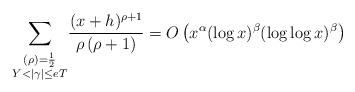
LaTeX: \begin{align*} \underset{_{\substack{ (\rho )=\frac{1}{2} \\ Y<\left\vert \gamma \right\vert \leq eT}}}{\sum }\frac{(x+h)^{\rho +1}}{\rho\left( \rho +1\right) } =O\left( x^{\alpha }(\log x)^{\beta}(\log \log x)^{\beta }\right) \end{align*}